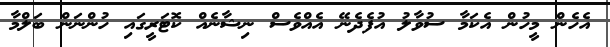
އެހެން މީހުން އެކަމާ ސުވާލު އުފެދެނޭ އެއްވެސް ނިޝާނެއް ކޮޓަރީގައި ހުންނަން ބަލްމާ